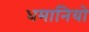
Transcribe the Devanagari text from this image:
धमानियो